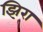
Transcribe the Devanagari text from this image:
झिरा